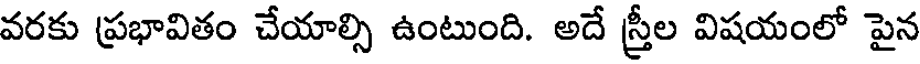
వరకు ప్రభావితం చేయాల్సి ఉంటుంది. అదే స్త్రీల విషయంలో పైన